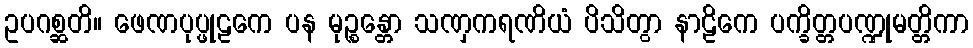
ဥပဂစ္ဆတိ။ ဖေဏပုပ္ဖုဠကေ ပန မုဉ္စန္တော သဏှကရဏိယံ ပိသိတွာ နာဠိကေ ပက္ခိတ္တပဏ္ဍုမတ္တိကာ